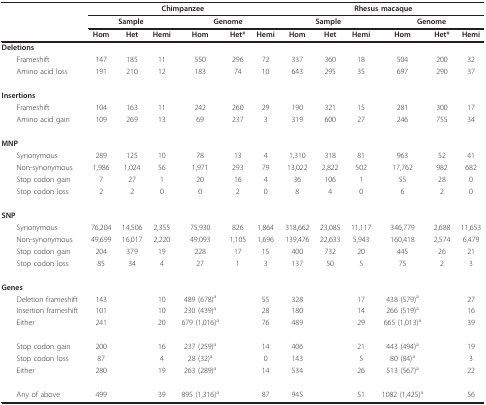
<table><thead><tr><td></td><td colspan="6"><b>Chimpanzee</b></td><td colspan="6"><b>Rhesus macaque</b></td></tr><tr><td></td><td colspan="3"><b>Sample</b></td><td colspan="3"><b>Genome</b></td><td colspan="3"><b>Sample</b></td><td colspan="3"><b>Genome</b></td></tr><tr><td></td><td><b>Hom</b></td><td><b>Het</b></td><td><b>Hemi</b></td><td><b>Hom</b></td><td><b>Het*</b></td><td><b>Hemi</b></td><td><b>Hom</b></td><td><b>Het</b></td><td><b>Hemi</b></td><td><b>Hom</b></td><td><b>Het*</b></td><td><b>Hemi</b></td></tr></thead><tbody><tr><td><b>Deletions</b></td><td></td><td></td><td></td><td></td><td></td><td></td><td></td><td></td><td></td><td></td><td></td><td></td></tr><tr><td> Frameshift</td><td>147</td><td>185</td><td>11</td><td>550</td><td>296</td><td>72</td><td>337</td><td>360</td><td>18</td><td>504</td><td>200</td><td>32</td></tr><tr><td> Amino acid loss</td><td>191</td><td>210</td><td>12</td><td>183</td><td>74</td><td>10</td><td>643</td><td>295</td><td>35</td><td>697</td><td>290</td><td>37</td></tr><tr><td><b>Insertions</b></td><td></td><td></td><td></td><td></td><td></td><td></td><td></td><td></td><td></td><td></td><td></td><td></td></tr><tr><td> Frameshift</td><td>104</td><td>163</td><td>11</td><td>242</td><td>260</td><td>29</td><td>190</td><td>321</td><td>15</td><td>281</td><td>300</td><td>17</td></tr><tr><td> Amino acid gain</td><td>109</td><td>269</td><td>13</td><td>69</td><td>237</td><td>3</td><td>319</td><td>600</td><td>27</td><td>246</td><td>755</td><td>34</td></tr><tr><td><b>MNP</b></td><td></td><td></td><td></td><td></td><td></td><td></td><td></td><td></td><td></td><td></td><td></td><td></td></tr><tr><td> Synonymous</td><td>289</td><td>125</td><td>10</td><td>78</td><td>13</td><td>4</td><td>1,310</td><td>318</td><td>81</td><td>963</td><td>52</td><td>41</td></tr><tr><td> Non-synonymous</td><td>1,986</td><td>1,024</td><td>56</td><td>1,971</td><td>293</td><td>79</td><td>13,022</td><td>2,822</td><td>502</td><td>17,762</td><td>982</td><td>682</td></tr><tr><td> Stop codon gain</td><td>7</td><td>27</td><td>1</td><td>20</td><td>16</td><td>4</td><td>36</td><td>106</td><td>1</td><td>55</td><td>28</td><td>0</td></tr><tr><td> Stop codon loss</td><td>2</td><td>2</td><td>0</td><td>0</td><td>2</td><td>0</td><td>8</td><td>4</td><td>0</td><td>6</td><td>2</td><td>0</td></tr><tr><td><b>SNP</b></td><td></td><td></td><td></td><td></td><td></td><td></td><td></td><td></td><td></td><td></td><td></td><td></td></tr><tr><td> Synonymous</td><td>76,204</td><td>14,506</td><td>2,355</td><td>75,930</td><td>826</td><td>1,864</td><td>318,662</td><td>23,085</td><td>11,117</td><td>346,779</td><td>2,688</td><td>11,653</td></tr><tr><td> Non-synonymous</td><td>49,699</td><td>16,017</td><td>2,220</td><td>49,093</td><td>1,105</td><td>1,696</td><td>139,476</td><td>22,633</td><td>5,943</td><td>160,418</td><td>2,574</td><td>6,479</td></tr><tr><td> Stop codon gain</td><td>204</td><td>379</td><td>19</td><td>228</td><td>17</td><td>15</td><td>400</td><td>732</td><td>20</td><td>445</td><td>26</td><td>21</td></tr><tr><td> Stop codon loss</td><td>85</td><td>34</td><td>4</td><td>27</td><td>1</td><td>3</td><td>137</td><td>50</td><td>5</td><td>75</td><td>2</td><td>3</td></tr><tr><td><b>Genes</b></td><td></td><td></td><td></td><td></td><td></td><td></td><td></td><td></td><td></td><td></td><td></td><td></td></tr><tr><td> Deletion frameshift</td><td>143</td><td></td><td>10</td><td>489 (678)<sup>a</sup></td><td></td><td>55</td><td>328</td><td></td><td>17</td><td>438 (579)<sup>a</sup></td><td></td><td>27</td></tr><tr><td> Insertion frameshift</td><td>101</td><td></td><td>10</td><td>230 (439)<sup>a</sup></td><td></td><td>28</td><td>180</td><td></td><td>14</td><td>266 (519)<sup>a</sup></td><td></td><td>16</td></tr><tr><td> Either</td><td>241</td><td></td><td>20</td><td>679 (1,016)<sup>a</sup></td><td></td><td>76</td><td>489</td><td></td><td>29</td><td>665 (1,013)<sup>a</sup></td><td></td><td>39</td></tr><tr><td> Stop codon gain</td><td>200</td><td></td><td>16</td><td>237 (259)<sup>a</sup></td><td></td><td>14</td><td>406</td><td></td><td>21</td><td>443 (494)<sup>a</sup></td><td></td><td>19</td></tr><tr><td> Stop codon loss</td><td>87</td><td></td><td>4</td><td>28 (32)<sup>a</sup></td><td></td><td>0</td><td>143</td><td></td><td>5</td><td>80 (84)<sup>a</sup></td><td></td><td>3</td></tr><tr><td> Either</td><td>280</td><td></td><td>19</td><td>263 (289)<sup>a</sup></td><td></td><td>14</td><td>534</td><td></td><td>26</td><td>513 (567)<sup>a</sup></td><td></td><td>22</td></tr><tr><td> Any of above</td><td>499</td><td></td><td>39</td><td>895 (1,316)<sup>a</sup></td><td></td><td>87</td><td>945</td><td></td><td>51</td><td>1082 (1,425)<sup>a</sup></td><td></td><td>56</td></tr></tbody></table>